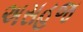
અસહજ